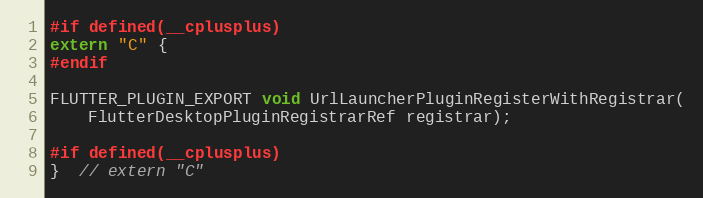
Language: C
#if defined(__cplusplus)
extern "C" {
#endif

FLUTTER_PLUGIN_EXPORT void UrlLauncherPluginRegisterWithRegistrar(
    FlutterDesktopPluginRegistrarRef registrar);

#if defined(__cplusplus)
}  // extern "C"